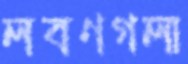
লবণগলা